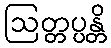
ဩတ္တပ္ပန္တိ